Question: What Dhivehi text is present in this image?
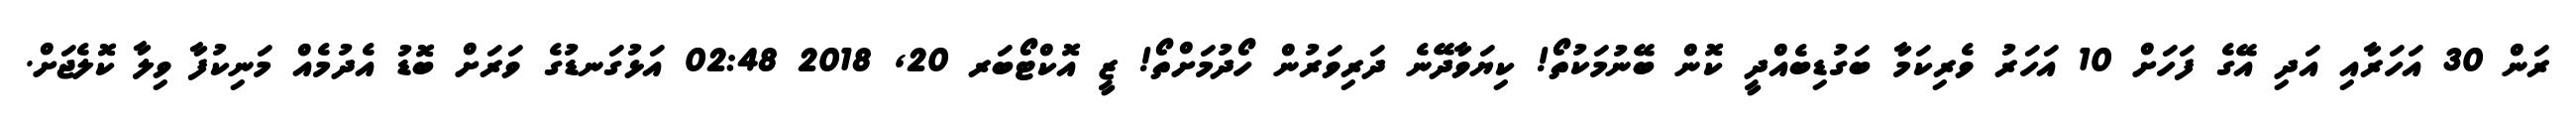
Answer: ރަން 30 އަހަރާއި އަދި އޭގެ ފަހަށް 10 އަހަރު ވެރިކަމާ ބަގުޑިބެއްދީ ކޮން ބޭނުމަކުތޯ! ކިޔަވާދޭނެ ދަރިވަރުން ހޯދުމަށްތޯ! ޒީ އޮކްޓޯބަރ 20, 2018 02:48 އަޅުގަނޑުގެ ވަރަށް ބޮޑު އެދުމެއް މަނިކުފާ ވިލާ ކޮލެޖަށް.